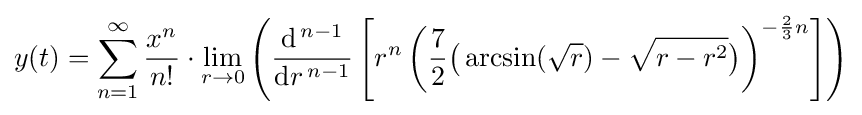
y(t)=\sum _{n=1}^{\infty }{\frac {x^{n}}{n!}}\cdot \lim _{r\to 0}\left({\frac {\mathrm {d} ^{\,n-1}}{\mathrm {d} r^{\,n-1}}}\left[r^{n}\left({\frac {7}{2}}{\bigl (}\arcsin({\sqrt {r}})-{\sqrt {r-r^{2}}}{\bigr )}\right)^{-{\frac {2}{3}}n}\right]\right)